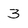
Character: 3